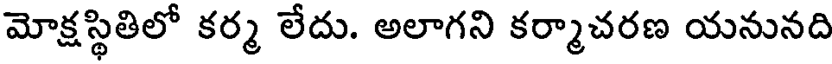
మోక్షస్థితిలో కర్మ లేదు. అలాగని కర్మాచరణ యనునది